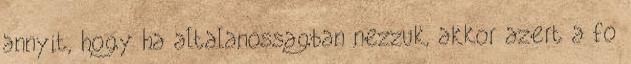
annyit, hogy ha altalanossagban nezzuk, akkor azert a fo